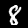
Label: 8